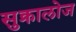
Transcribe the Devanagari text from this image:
सुक्रालोज